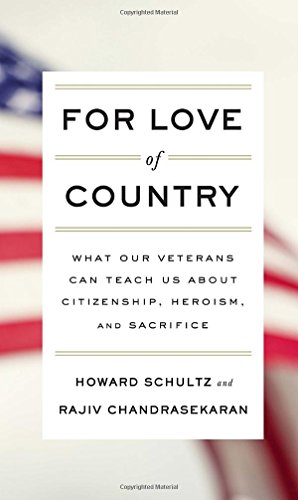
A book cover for For Love of Country: What Our Veterans Can Teach Us About Citizenship, Heroism, and Sacrifice; Howard Schultz; History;